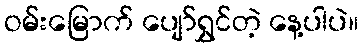
ဝမ်းမြောက် ပျော်ရွှင်တဲ့ နေ့ပါပဲ။